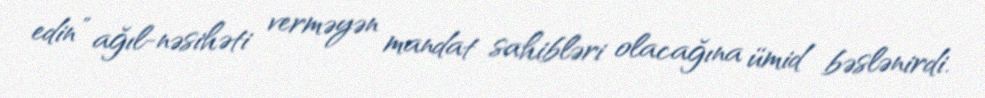
edin” ağıl-nəsihəti verməyən mandat sahibləri olacağına ümid bəslənirdi.